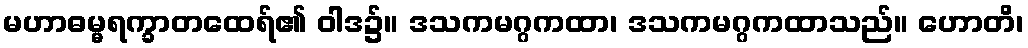
မဟာဓမ္မရက္ခာတထေရ်၏ ဝါဒ၌။ ဒသကမဂ္ဂကထာ၊ ဒသကမဂ္ဂကထာသည်။ ဟောတိ၊